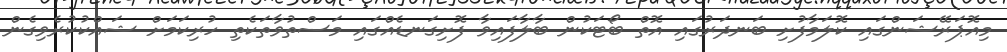
މިއޮޕަރޭޝަންގައި ކޮލަމާފުށި ބަނދަރުގައި އޮތް ބޯޓަކުން ބާލާފައިވާ ފޮށިގަނޑެއްގައި މަސްތުވާތަކެތި ހުރިކަމަށް ޝައްކުކުރެވިގެން